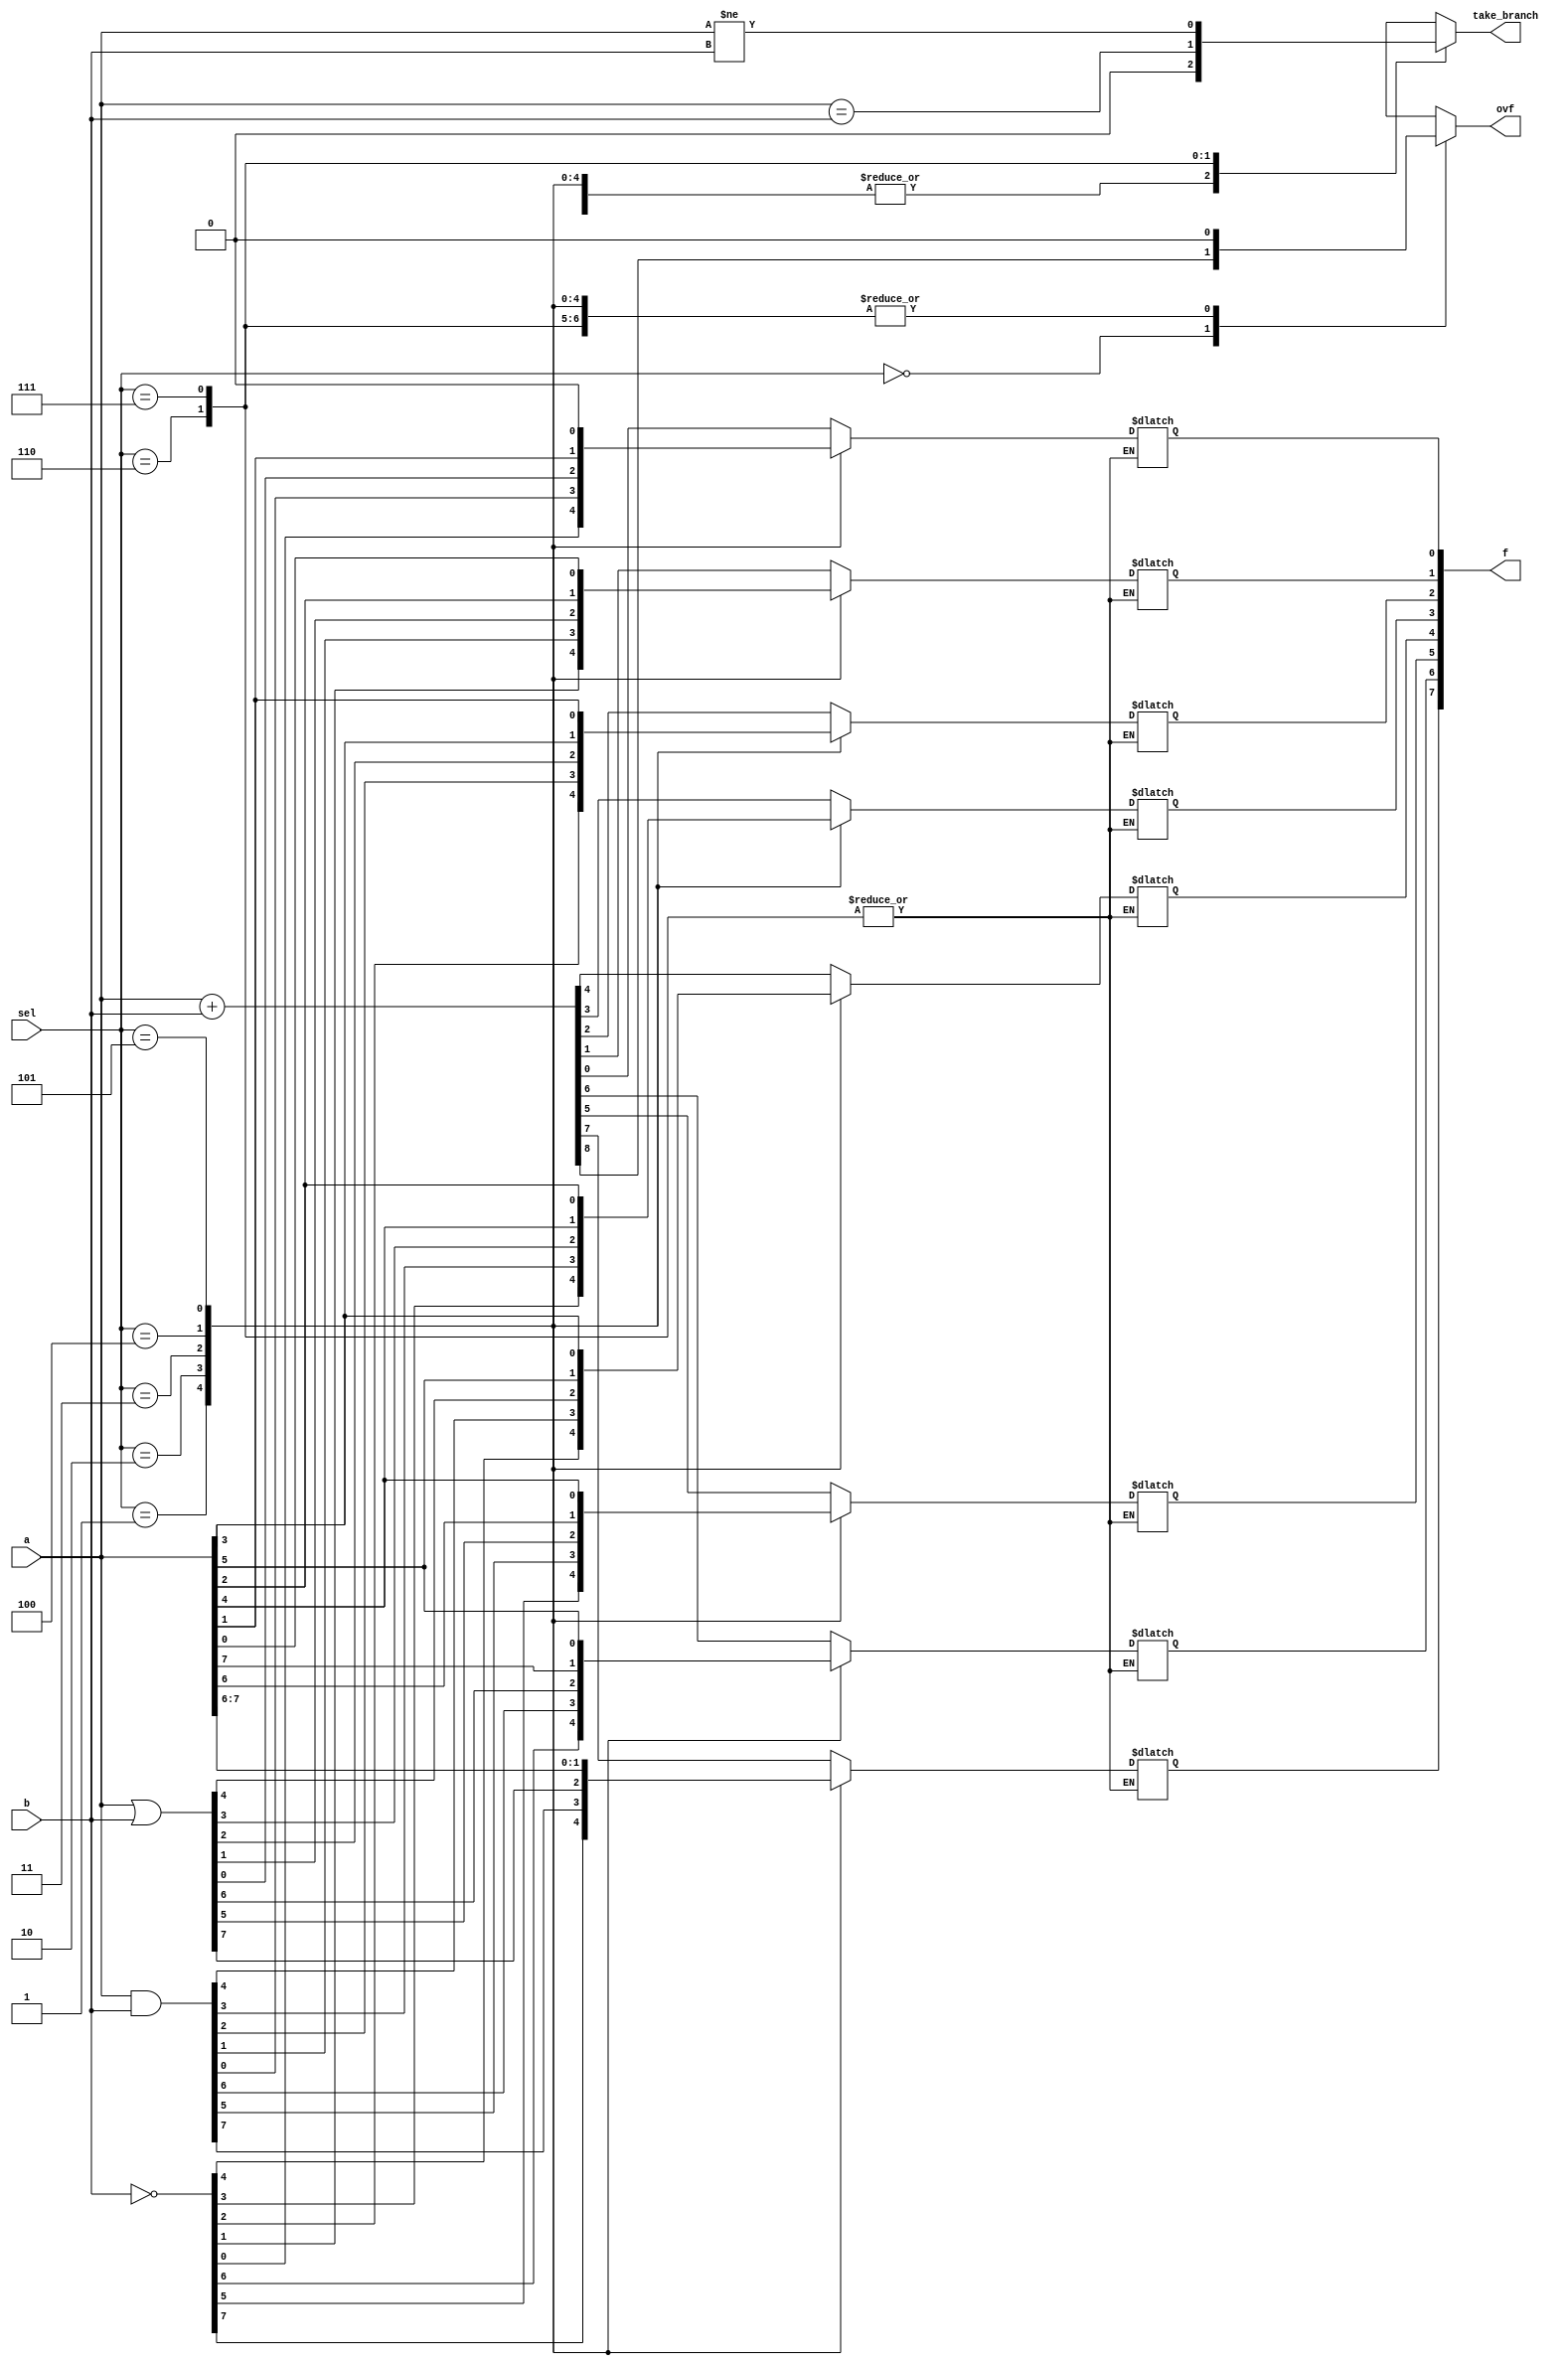
module eightbit_alu(
	input[7:0] a, 
	input[7:0] b, 
	input[2:0] sel, 
	output reg[7:0] f,
	output reg ovf, 
	output reg take_branch);
	
	reg[8:0] a9, b9, f9;
	
	always @(a, b, sel)
	begin
		ovf = 0;
		take_branch = 0;
		case(sel)
			3'd0: 
			begin 
				a9 = a;
				b9 = b;
				f9 = a9 + b9;
				f = f9[7:0];
				ovf = f9[8];
			end
			3'd1:
				f = ~b;
			3'd2:
				f = a & b;
			3'd3:
				f = a | b;
			3'd4:
			begin 
				f[0] <= a[1];
				f[1] <= a[2];
				f[2] <= a[3];
				f[3] <= a[4];
				f[4] <= a[5];
				f[5] <= a[6];
				f[6] <= a[7];
				f[7] <= a[7];
			end
			3'd5:
			begin 
				f[0] <= 1'b0;
				f[1] <= a[0];
				f[2] <= a[1];
				f[3] <= a[2];
				f[4] <= a[3];
				f[5] <= a[4];
				f[6] <= a[5];
				f[7] <= a[6];
			end
			3'd6:
				take_branch = (a == b);
			3'd7:
				take_branch = (a != b);
		endcase
	end
endmodule

module Test;

	reg[7:0] a, b;
	reg[2:0] sel;
	wire[7:0] f;
	wire ovf, take_branch;

	eightbit_alu circuit(a, b, sel, f, ovf, take_branch);

	initial begin
		$monitor("%d a=%b b=%b sel=%d, f=%b overflow=%b branch=%b", 
			$time,
			a, b, sel, f, ovf, take_branch);

		#10 a = 0; b = 0; sel = 0;
		#10 a = 8'b00000000; b = 8'b11111111; sel = 0;
		#10 a = 8'b11111111; b = 8'b11111111; sel = 0;
		#10 a = 8'b10000000; b = 8'b10000000; sel = 0;
		#10 a = 8'b01000000; b = 8'b01000000; sel = 0;
		#10 a = 8'b00100000; b = 8'b00100000; sel = 0;
		#10 a = 8'b00010000; b = 8'b00010000; sel = 0;
		#10 a = 8'b00001000; b = 8'b00001000; sel = 0;
		#10 a = 8'b00000100; b = 8'b00000100; sel = 0;
		#10 a = 8'b00000010; b = 8'b00000010; sel = 0;
		#10 a = 8'b00000001; b = 8'b00000001; sel = 0;
		
		#10 a = 8'b00000000; b = 8'b00000000; sel = 1;
		#10 a = 8'b00000000; b = 8'b11111111; sel = 1;
		#10 a = 8'b00000000; b = 8'b10101010; sel = 1;
		
		#10 a = 8'b00000000; b = 8'b00000000; sel = 2;
		#10 a = 8'b11111111; b = 8'b00000000; sel = 2;
		#10 a = 8'b11111111; b = 8'b11111111; sel = 2;
		#10 a = 8'b10101010; b = 8'b10101010; sel = 2;
		
		#10 a = 8'b00000000; b = 8'b00000000; sel = 3;
		#10 a = 8'b11111111; b = 8'b11111111; sel = 3;
		#10 a = 8'b11111111; b = 8'b00000000; sel = 3;
		#10 a = 8'b10101010; b = 8'b10101010; sel = 3;
		
		#10 a = 8'b00000000; b = 8'b00000000; sel = 4;
		#10 a = 8'b00000001; b = 8'b00000000; sel = 4;
		#10 a = 8'b00000010; b = 8'b00000000; sel = 4;
		#10 a = 8'b00000100; b = 8'b00000000; sel = 4;
		#10 a = 8'b00001000; b = 8'b00000000; sel = 4;
		#10 a = 8'b00010000; b = 8'b00000000; sel = 4;
		#10 a = 8'b00100000; b = 8'b00000000; sel = 4;
		#10 a = 8'b01000000; b = 8'b00000000; sel = 4;
		#10 a = 8'b10000000; b = 8'b00000000; sel = 4;
		#10 a = 8'b11111111; b = 8'b00000000; sel = 4;
		
		#10 a = 8'b00000000; b = 8'b00000000; sel = 5;
		#10 a = 8'b00000001; b = 8'b00000000; sel = 5;
		#10 a = 8'b00000010; b = 8'b00000000; sel = 5;
		#10 a = 8'b00000100; b = 8'b00000000; sel = 5;
		#10 a = 8'b00001000; b = 8'b00000000; sel = 5;
		#10 a = 8'b00010000; b = 8'b00000000; sel = 5;
		#10 a = 8'b00100000; b = 8'b00000000; sel = 5;
		#10 a = 8'b01000000; b = 8'b00000000; sel = 5;
		#10 a = 8'b10000000; b = 8'b00000000; sel = 5;
		#10 a = 8'b11111111; b = 8'b00000000; sel = 5;
		
		#10 a = 8'b00000000; b = 8'b00000000; sel = 6;
		#10 a = 8'b11111111; b = 8'b11111111; sel = 6;
		#10 a = 8'b11111111; b = 8'b00000000; sel = 6;
		
		#10 a = 8'b00000000; b = 8'b00000000; sel = 7;
		#10 a = 8'b11111111; b = 8'b11111111; sel = 7;
		#10 a = 8'b11111111; b = 8'b00000000; sel = 7;
		
		#10 $finish; 

	end
endmodule